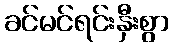
ခင်မင်ရင်းနှီးစွာ